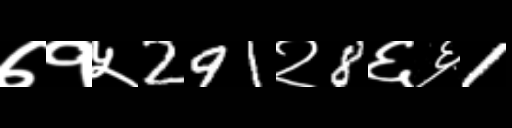
Text: ७१५291२8६६1